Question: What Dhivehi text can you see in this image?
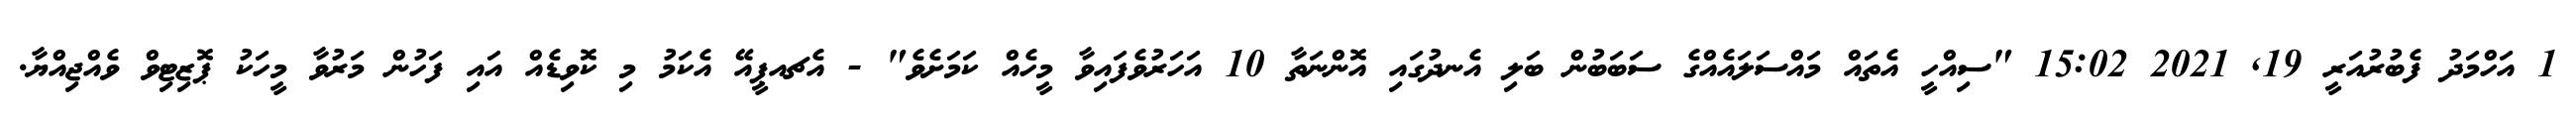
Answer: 1 އަހްމަދު ފެބުރުއަރީ 19, 2021 15:02 "ސިއްހީ އެތައް މައްސަލައެއްގެ ސަބަބުން ބަލި އެނދުގައި އޮންނަތާ 10 އަހަރުވެފައިވާ މީހެއް ކަމަށެވެ" - އެޗއޕީއޭ އެކަމު މި ކޮވިޑެއް އައި ފަހުން މަރުވާ މީހަކު ޕޮޒިޓިވް ވެއްޖިއްޔާ.